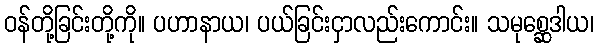
ဝန်တို့ခြင်းတို့ကို။ ပဟာနာယ၊ ပယ်ခြင်းငှာလည်းကောင်း။ သမုစ္ဆေဒါယ၊